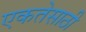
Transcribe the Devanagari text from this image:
एकतेसाठी